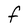
Character: F